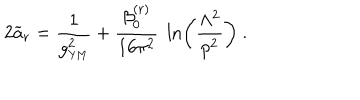
2 { \widetilde a } _ { r } = { \frac { 1 } { g _ { \mathrm { { \small Y M } } } ^ { 2 } } } + { \frac { \beta _ { 0 } ^ { ( r ) } } { 1 6 \pi ^ { 2 } } } ~ \ln \left( { \frac { \Lambda ^ { 2 } } { p ^ { 2 } } } \right) ~ .